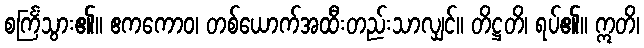
စင်္ကြံသွား၏။ ဧကကောဝ၊ တစ်ယောက်အထီးတည်းသာလျှင်။ တိဋ္ဌတိ၊ ရပ်၏။ ဣတိ၊